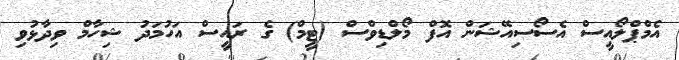
އެމްޕްލޯއީސް އެސޯސިއޭޝަން އޮފް މޯލްޑިވްސް (ޓީމް) ގެ ރައީސް އަހުމަދު ޝިހާމް ވިދާޅުވި